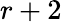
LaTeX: r+2